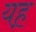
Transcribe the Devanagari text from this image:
यह़